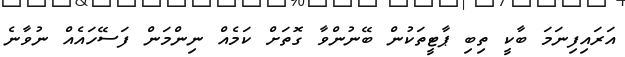
އަރައިފިނަމަ ބާކީ ތިބި ޕާޓީތަކުން ބޭނުންވާ ގޮތަށް ކަމެއް ނިންމަން ފަސޭހައެއް ނުވާނެ